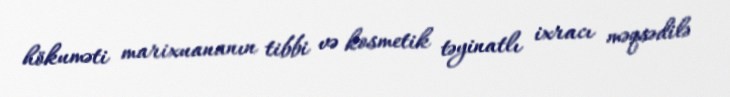
hökuməti marixuananın tibbi və kosmetik təyinatlı ixracı məqsədilə